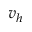
v _ { h }